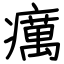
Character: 癘